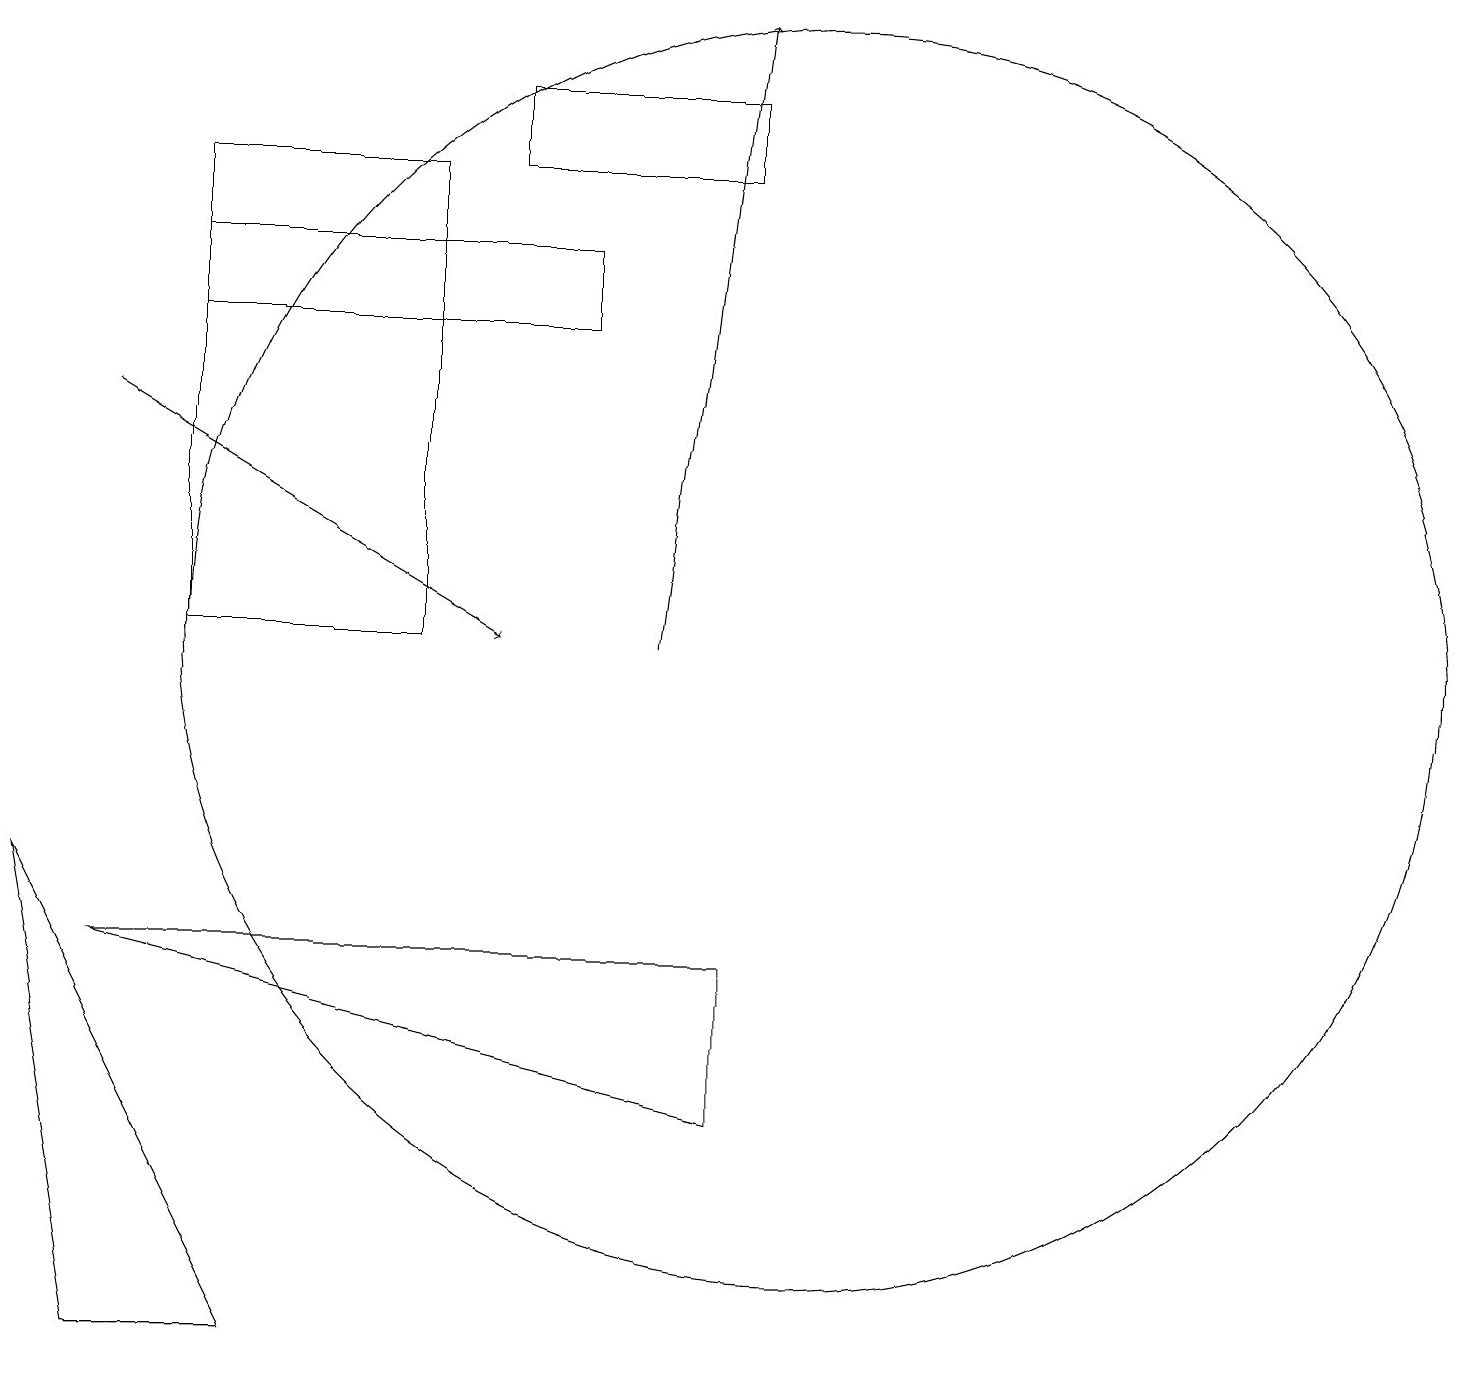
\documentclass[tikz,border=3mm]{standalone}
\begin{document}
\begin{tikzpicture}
\draw (10,10) circle (8);
\draw (2,15) rectangle (7,14);
\draw (9,6) -- (9,4) -- (1,6) -- cycle;
\draw[->] (8,10) -- (9,18);
\draw (5,10) rectangle (2,16);
\draw (1,1) -- (3,1) -- (0,7) -- cycle;
\draw (6,16) rectangle (9,17);
\draw[->] (1,13) -- (6,10);
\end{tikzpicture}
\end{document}